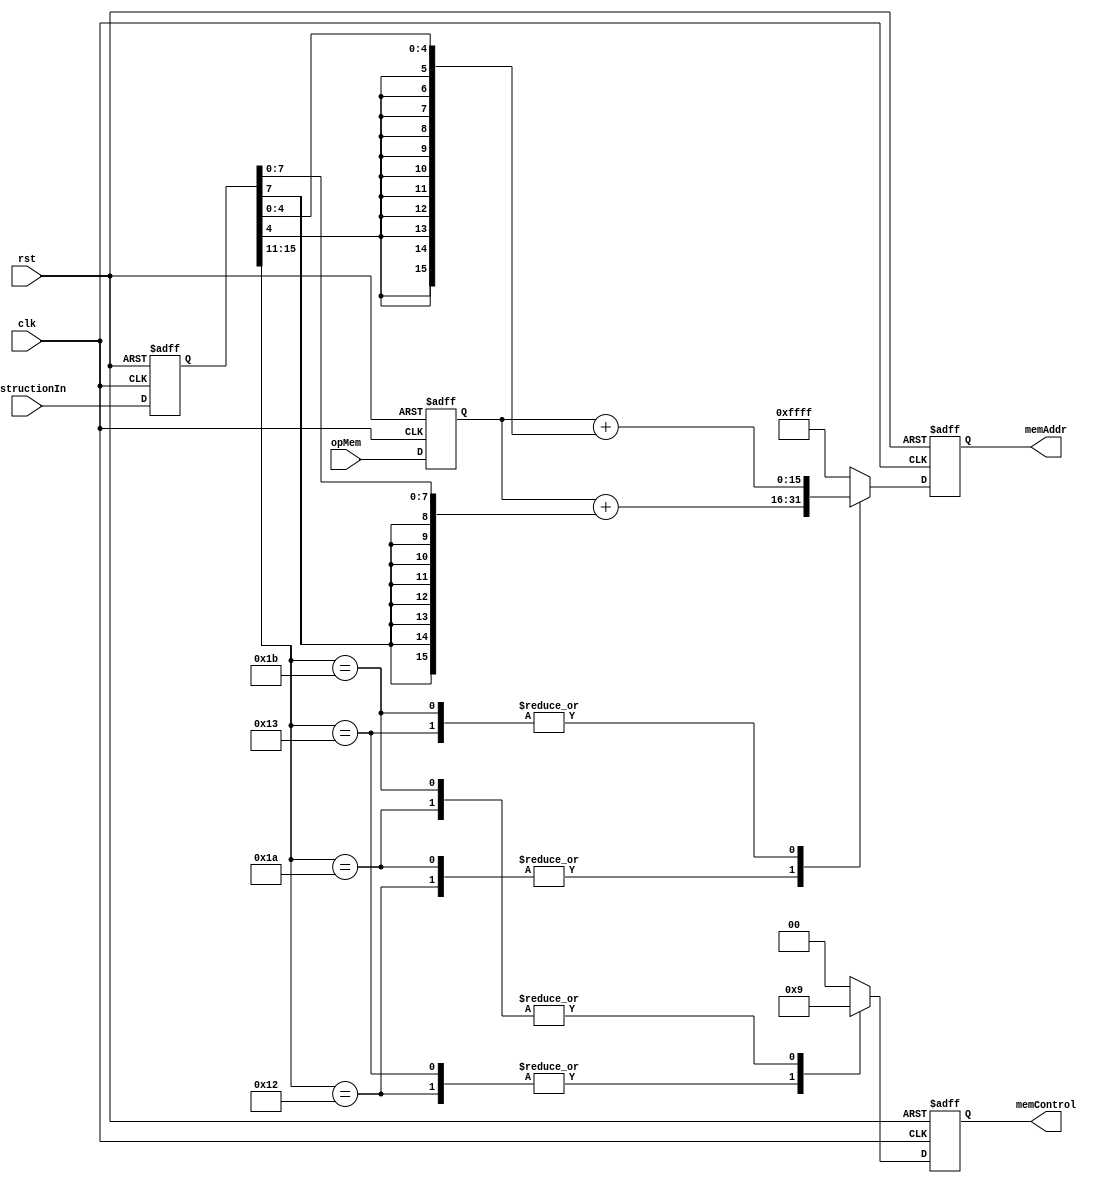
module memAddressCalculator (
  input clk, rst,
  input [15:0] instructionIn,
  input [15:0] opMem,
  output reg [1:0] memControl,
  output reg [15:0] memAddr
);

wire [15:0] imm16sfrom5, imm16sfrom8;
reg [15:0] instruction, rm;

assign imm16sfrom5 = { {11{instruction[4]}}, instruction[4:0]};
assign imm16sfrom8 = { {8{instruction[7]}}, instruction[7:0]};

always @ (negedge clk or negedge rst)
  if (!rst)
  begin
    instruction = 16'b0000100000000000;
    rm = 0;
  end
  else
  begin
    instruction = instructionIn;
    rm = opMem;
  end

always @ (posedge clk or negedge rst)
begin
  memAddr = 16'hFFFF;
  memControl = 2'b00;
  if (!rst)
  begin
    memAddr = 16'hFFFF;
    memControl = 2'b00;
  end
  else
  begin
    case (instruction[15:11])
      5'b10010:                         // lw_sp
      begin
        memAddr = rm + imm16sfrom8;
        memControl = 2'b10; // read
      end
      5'b10011:                         // lw
      begin
        memAddr = rm + imm16sfrom5;
        memControl = 2'b10; // read
      end
      5'b11010:                         // sw_sp
      begin
        memAddr = rm + imm16sfrom8;
        memControl = 2'b01; // write
      end
      5'b11011:                         // sw
      begin
        memAddr = rm + imm16sfrom5;
        memControl = 2'b01; // write
      end
    endcase
  end
end

endmodule